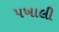
પખાલી